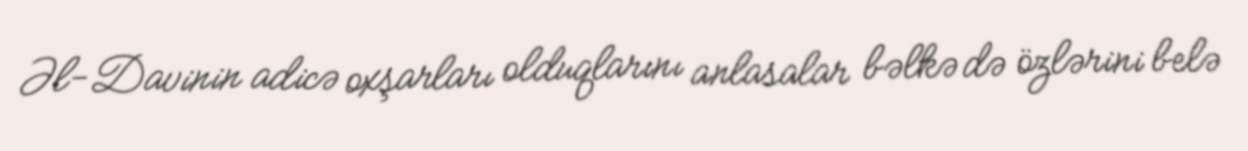
Əl-Davinin adicə oxşarları olduqlarını anlasalar bəlkə də özlərini belə